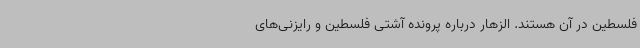
فلسطین در آن هستند. الزهار درباره پرونده آشتی فلسطین و رایزنی‌های